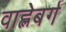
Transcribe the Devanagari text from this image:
वाह्लेबर्ग